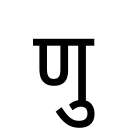
OCR:
णु